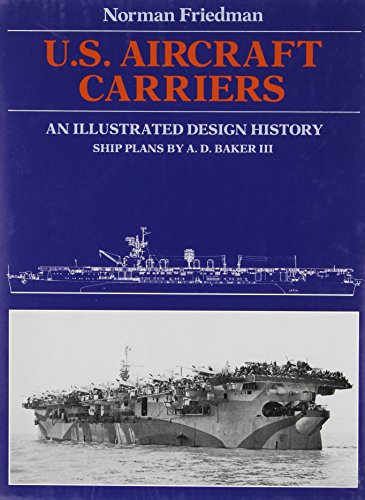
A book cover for U.S. Aircraft Carriers: An Illustrated Design History; Norman Friedman; Arts & Photography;